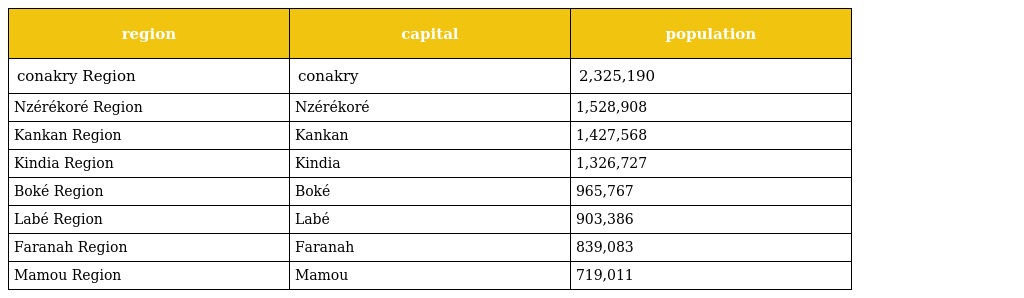
| region | capital | population |
 | --- | --- | --- |
 | conakry Region | conakry | 2,325,190 |
 | Nzérékoré Region | Nzérékoré | 1,528,908 |
 | Kankan Region | Kankan | 1,427,568 |
 | Kindia Region | Kindia | 1,326,727 |
 | Boké Region | Boké | 965,767 |
 | Labé Region | Labé | 903,386 |
 | Faranah Region | Faranah | 839,083 |
 | Mamou Region | Mamou | 719,011 |